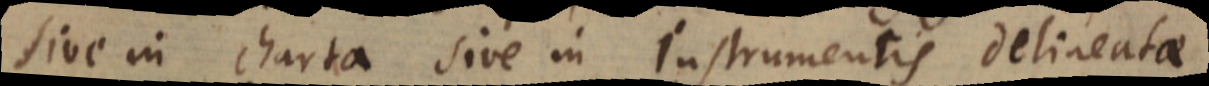
sive in charta sive in instrumentis delineatae